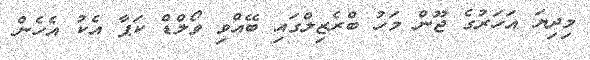
މިދިޔަ އަހަރުގެ ޖޫން މަހު ބްރެޒިލްގައި ބޭއްވި ވޯލްޑް ކަޕާ އެކު އެހެން